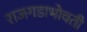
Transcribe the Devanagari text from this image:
राजगडाभोवती